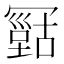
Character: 𠖠